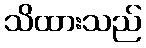
သိထားသည်